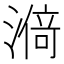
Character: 𰜸